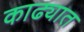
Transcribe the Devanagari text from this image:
काढ्यात